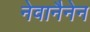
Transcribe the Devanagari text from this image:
नेवानैनेन